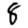
Digit: 8